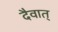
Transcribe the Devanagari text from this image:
दैवात्‌